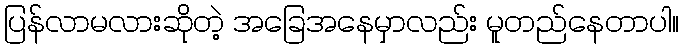
ပြန်လာမလားဆိုတဲ့ အခြေအနေမှာလည်း မူတည်နေတာပါ။